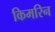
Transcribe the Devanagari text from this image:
किमरिन